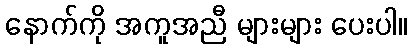
နောက်ကို အကူအညီ များများ ပေးပါ။